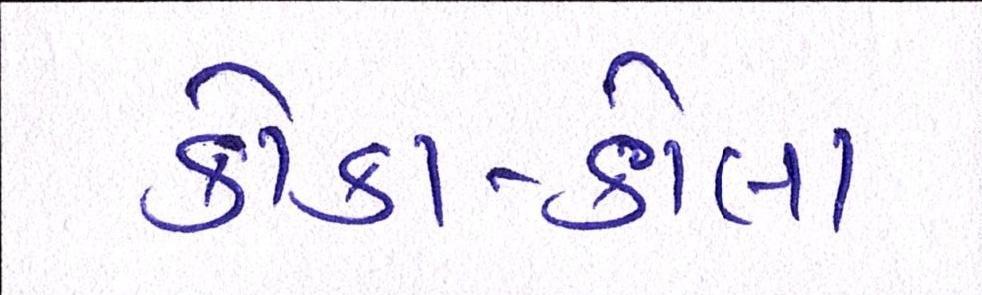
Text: કોકા-કોલા